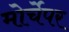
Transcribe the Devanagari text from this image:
मोर्चेपर